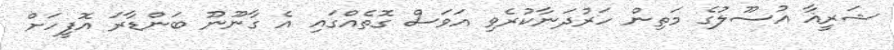
ޝަރީޣާ އުސޫލުގެ މަތިން ހަރުދަނާކުރެވި އަވަސް ގޮތެއްގައި އެ ގާނޫނޫ ބަންޑާރަ އޮފީހަށް